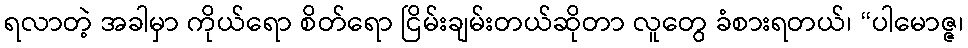
ရလာတဲ့ အခါမှာ ကိုယ်ရော စိတ်ရော ငြိမ်းချမ်းတယ်ဆိုတာ လူတွေ ခံစားရတယ်၊ “ပါမောဇ္ဇ၊